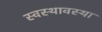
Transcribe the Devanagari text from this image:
स्वस्थावस्था